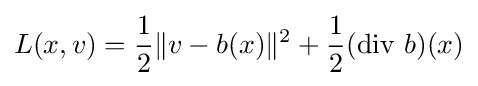
L(x,v)={\frac {1}{2}}\|v-b(x)\|^{2}+{\frac {1}{2}}(\operatorname {div} \,b)(x)